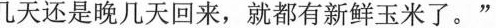
几天还是晚几天回来，就都有新鲜玉米了。”